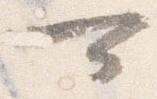
可